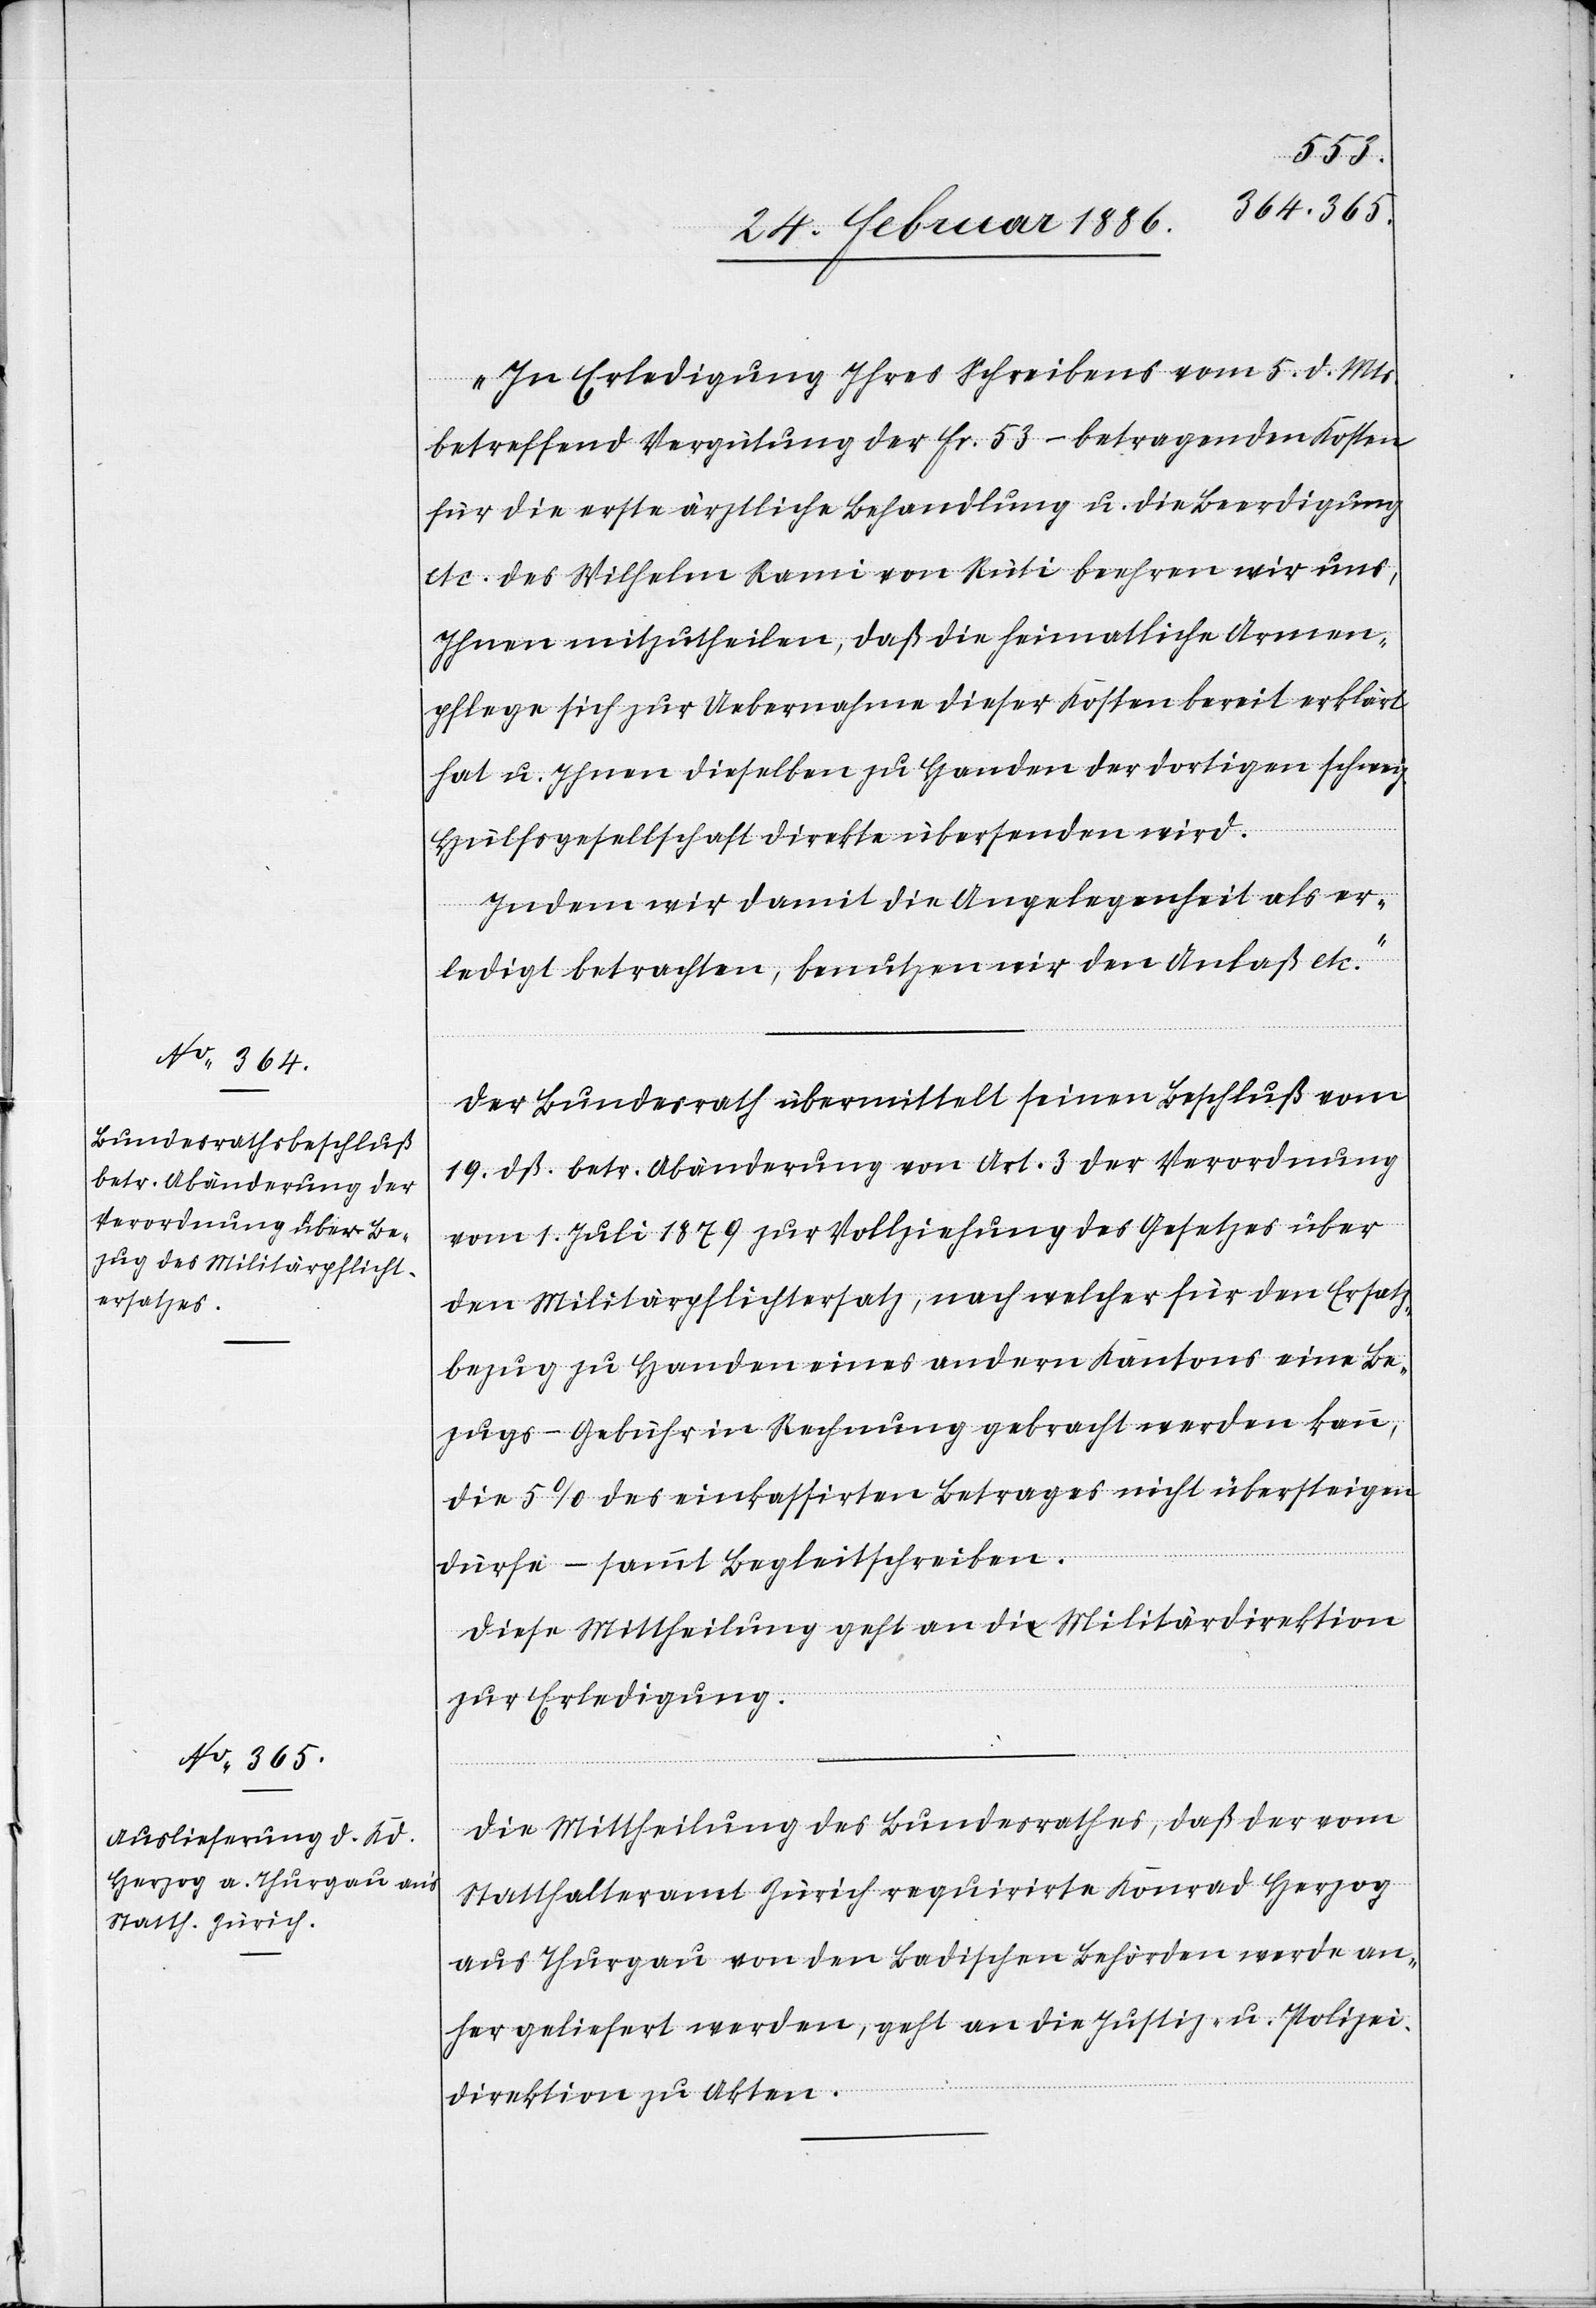
24. Februar 1886.]
„In Erledigung Ihres Schreibens vom 5. d. Mts.
betreffend Vergütung der Fr. 53.– betragenden Kosten
für die erste ärztliche Behandlung u. die Beerdigung
etc. des Wilhelm Rami von Rüti beehren wir uns,
Ihnen mitzutheilen, daß die heimatliche Armen¬
pflege sich zur Uebernahme dieser Kosten bereit erklärt
hat u. Ihnen dieselben zu Handen der dortigen schweiz.
Hülfsgesellschaft direkt übersenden wird.
Indem wir damit die Angelegenheit als er¬
ledigt betrachten, benutzen wir den Anlaß etc.“
Der Bundesrath übermittelt seinen Beschluß vom
19. dß. betr. Abänderung von Art. 3 der Verordnung
vom 1. Juli 1879 zur Vollziehung des Gesetzes über
den Militärpflichtersatz, nach welcher für den Ersatz¬
bezug zu Handen eines andern Kantons eine Be¬
zugs-Gebühr in Rechnung gebracht werden kann,
die 5% des einkassirten Betrages nicht übersteigen
dürfe – sammt Begleitschreiben.
Diese Mittheilung geht an die Militärsdirektion
zur Erledigung.
Die Mittheilung des Bundesrathes, daß der vom
Statthalteramt Zürich requirirte Konrad Herzog
aus Thurgau von den badischen Behörden werde an¬
her geliefert werden, geht an die Justiz- u. Polizei¬
direktion zu Akten.